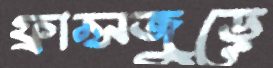
ফ্রান্সজুড়ে